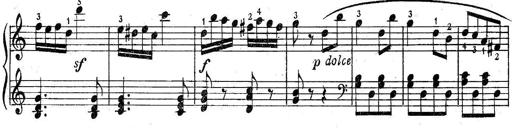
Title: 6 Easy Sonatinas
Composer: Carl Czerny